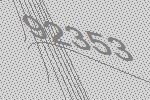
92353